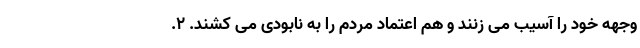
وجهه خود را آسیب می زنند و هم اعتماد مردم را به نابودی می کشند. ۲.